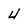
Character: 4